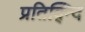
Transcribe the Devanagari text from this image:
प्रतिद्न्दि